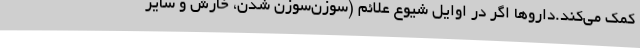
کمک می‌کند.داروها اگر در اوایل شیوع علائم (سوزن‌سوزن شدن، خارش و سایر